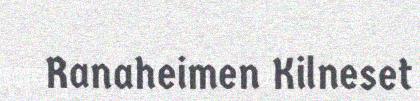
Ranaheimen Kilneset